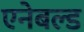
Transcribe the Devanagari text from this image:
एनेबल्‍ड